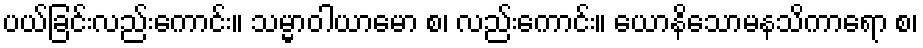
ပယ်ခြင်းလည်းကောင်း။ သမ္မာဝါယာမော စ၊ လည်းကောင်း။ ယောနိသောမနသိကာရော စ၊